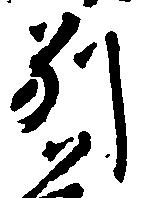
別